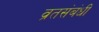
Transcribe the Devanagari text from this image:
व्रतसंबंधी